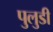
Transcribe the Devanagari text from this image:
पुलुडी